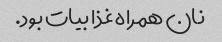
نان همراه غذا بیات بود.